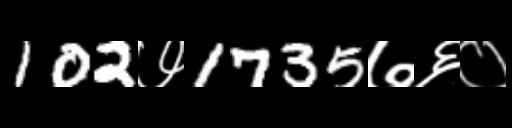
Text: 102७1735७६०